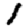
Digit: 1